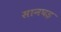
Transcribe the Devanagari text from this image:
सानघड़